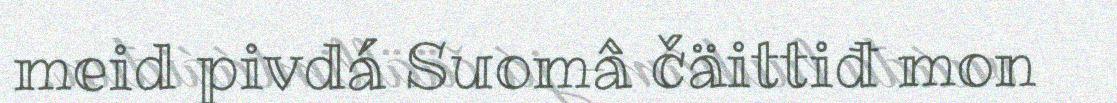
meid pivdá Suomâ čäittiđ mon